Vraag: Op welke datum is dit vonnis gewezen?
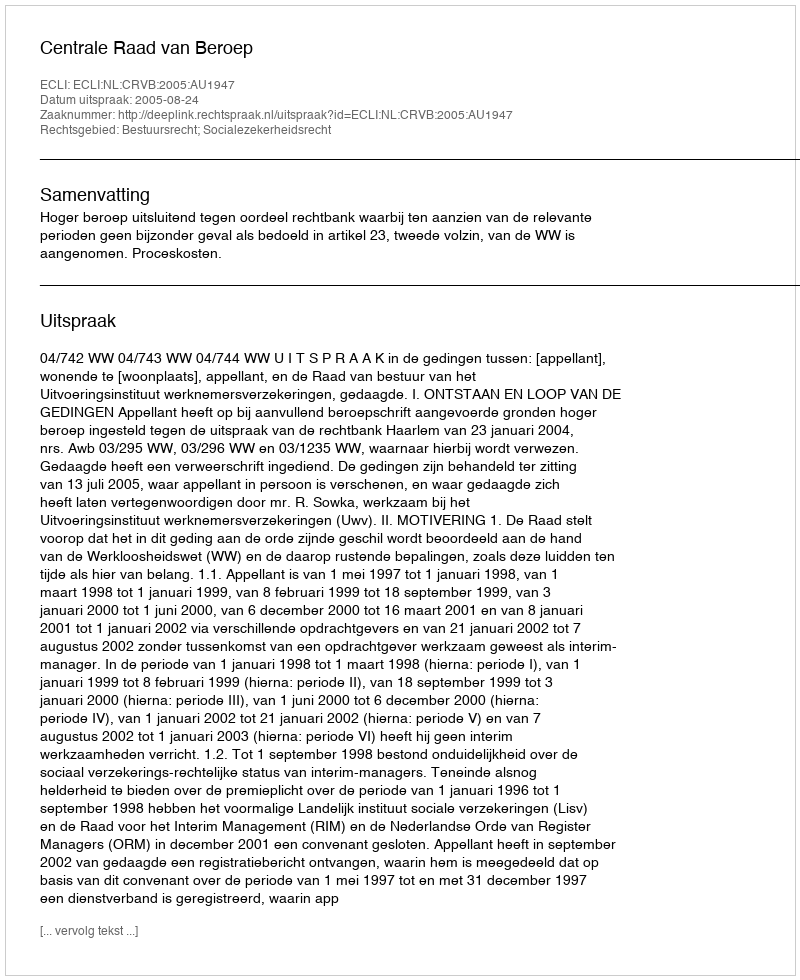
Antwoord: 2005-08-24